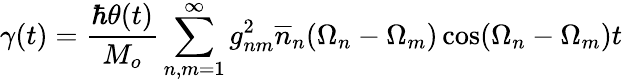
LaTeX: \gamma(t)=\frac{\hbar\theta(t)}{M_{o}}\sum_{n,m=1}^{\infty}g_{nm}^{2}\overline{{{n}}}_{n}(\Omega_{n}-\Omega_{m})\cos(\Omega_{n}-\Omega_{m})t